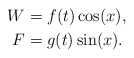
\begin{align*} W&=f(t)\cos(x),\\ F&=g(t)\sin(x).\end{align*}